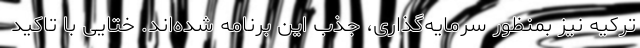
ترکیه نیز بمنظور سرمایه‌گذاری، جذب این برنامه شده‌اند. ختایی با تاکید